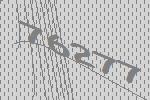
76277